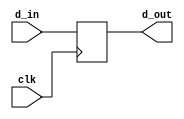
`timescale 1 ns / 1 ps 
module dff(clk, d_in, d_out);
input clk, d_in;
output reg d_out;
always @(posedge clk) begin
  d_out <= d_in;
end
endmodule